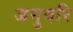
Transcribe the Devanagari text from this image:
जनुवरि